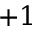
+ 1